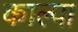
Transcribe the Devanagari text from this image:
काल्पा